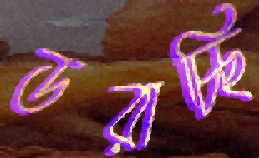
ডরাচ্ছি